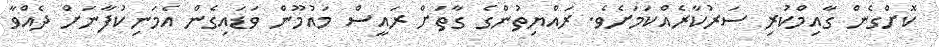
ކޮށްގެން ގާއިމްކުރި ސަރުކާރެއްކަމަށެވެ. ރައްޔިތުންގެ ގާތަށް ރައީސް މައުމޫން ވަޑައިގެން އެމަނިކުފާނަށް ދެއްވާ